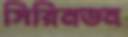
সিরিনডন